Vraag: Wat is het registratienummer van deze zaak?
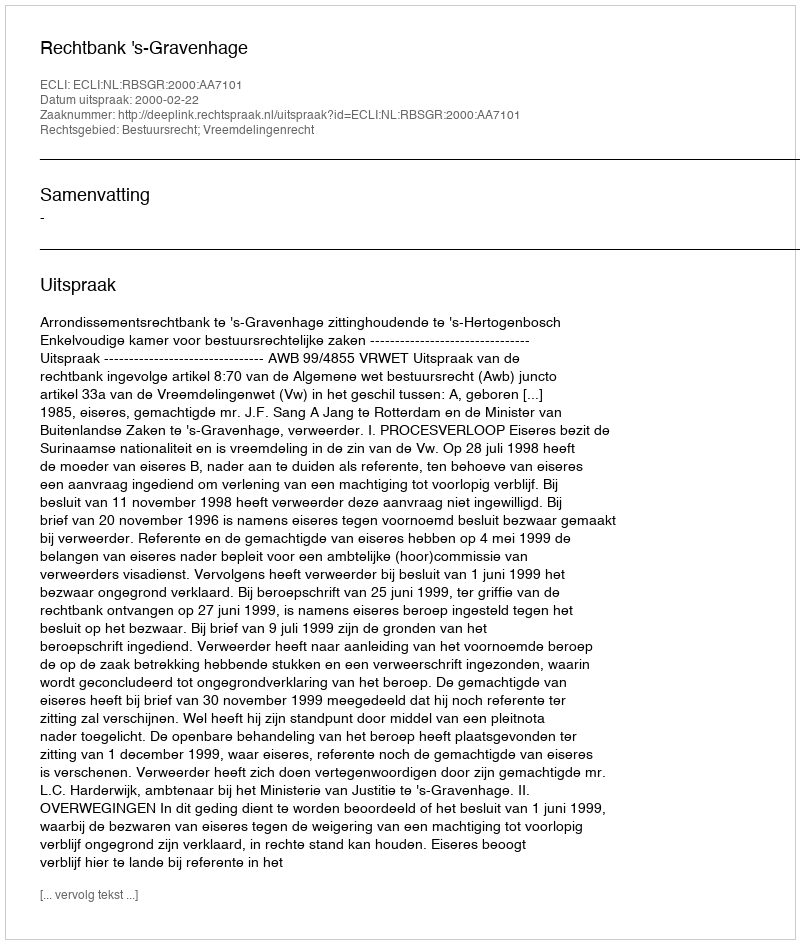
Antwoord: http://deeplink.rechtspraak.nl/uitspraak?id=ECLI:NL:RBSGR:2000:AA7101